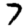
Digit: 7